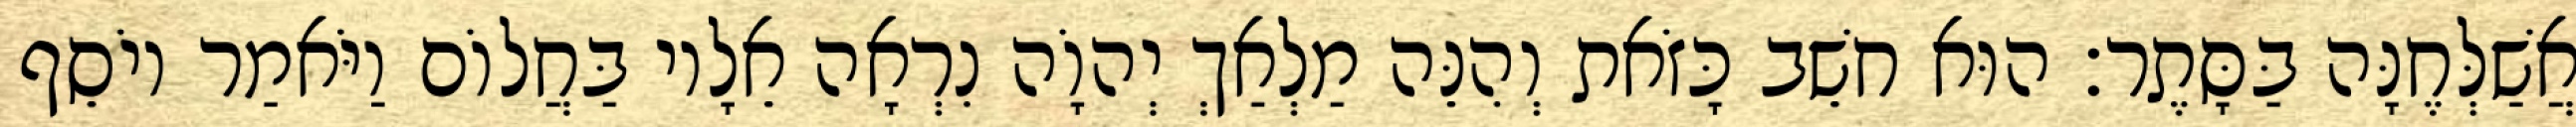
אֲשַׁלְּחֶנָּה בַּסָּתֶר׃ הוּא חשֵׁב כָּזֹאת וְהִנֵּה מַלְאַךְ יְהוָֹה נִרְאָה אֵלָיו בַּחֲלוֹם וַיֹּאמַר יוֹסֵף